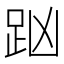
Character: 𧿖